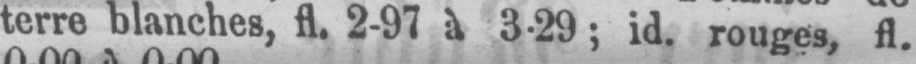
terre blanches, fl. 2-97 à 3-29; id. rouges, fl.